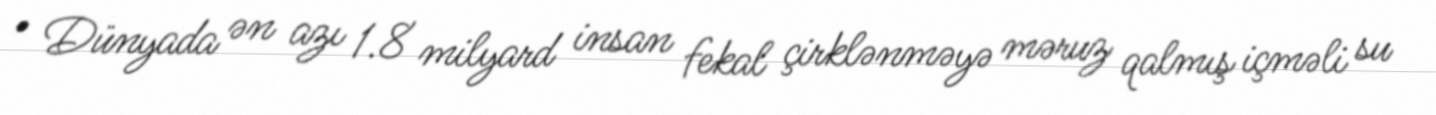
• Dünyada ən azı 1.8 milyard insan fekal çirklənməyə məruz qalmış içməli su